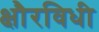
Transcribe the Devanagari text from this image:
क्षौरविधी